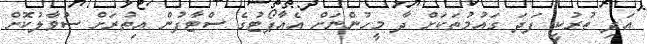
އަދި ތުރުކީ ފަދަ ގައުމުތަކަށް ދާ މީހުންނަށް އެއާޕޯޓުގެ ސްޓާފުން އިތުރަށް ސުވާލުކޮށް